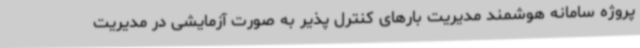
پروژه سامانه هوشمند مدیریت بارهای کنترل پذیر به صورت آزمایشی در مدیریت